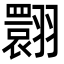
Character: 翾